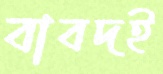
বাবদই